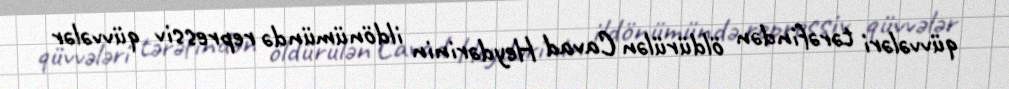
qüvvələri tərəfindən öldürülən Cavad Heydərinin ildönümündə repressiv qüvvələr